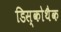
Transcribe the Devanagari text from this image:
डिस्कोथैक